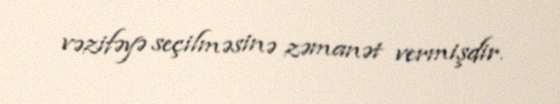
vəzifəyə seçilməsinə zəmanət vermişdir.